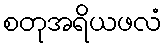
စတုအရိယဖလံ